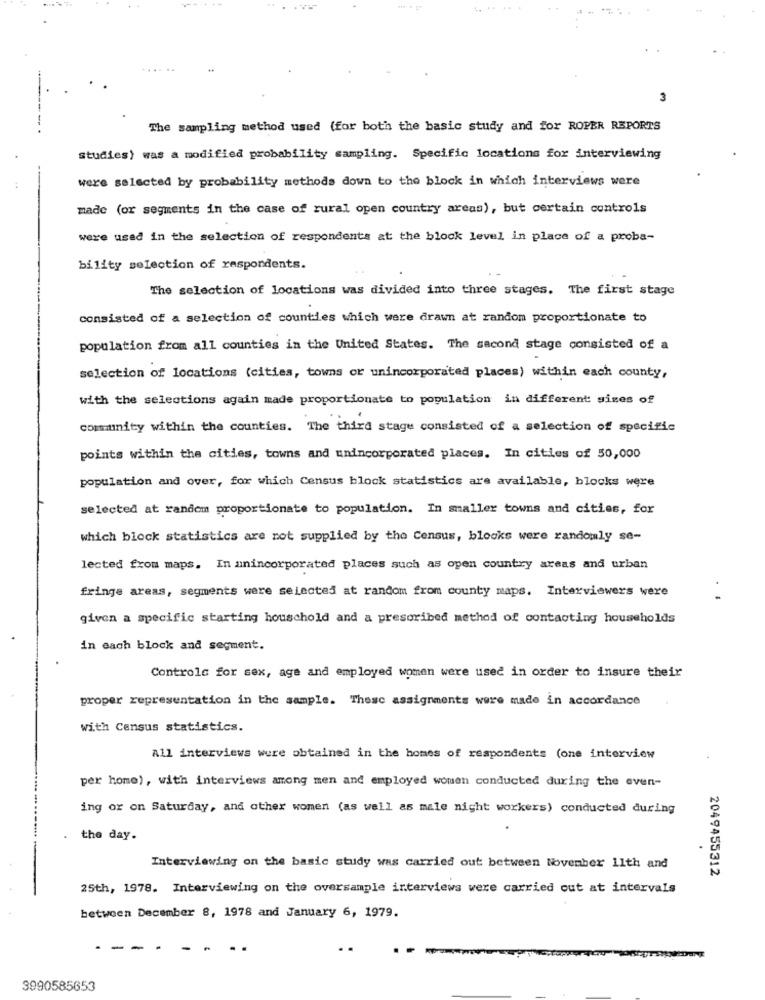
3
The sampling method used (for both the basic study and for ROPER REPORTS
studies) was a modified probability sampling. Specific locations for interviewing
were selected by probability methods down to the block in which interviews were
made (or segments in the case of rural open country areas), but certain controls
were used in the selection of respondents at the block level in place of a proba-
bility selection of respondents.
The selection of locations was divided into three stages. The first stage
consisted of a selection of counties which were drawn at random proportionate to
population from all counties in the United States. The second stage consisted of a
selection of locations (cities, towns or unincorporated places) within each county,
with the selections again made proportionate to population in different sizes of
community within the counties. The third stage consisted of a selection of specific
points within the cities, towns and unincorporated places. In cities of 50,000
population and over, for which Census block statistics are available, blocks were
selected at random proportionate to population. In smaller towns and cities, for
which block statistics are not supplied by the Census, blocks were randomly se-
lected from maps. In unincorporated places such as open country areas and urban
fringe areas, segments were selected at random from county maps. Interviewers were
given a specific starting houschold and a prescribed method of contacting households
in each block and segment.
Controls for sex, age and employed women were used in order to insure their
proper representation in the sample. These assignments were made in accordance
with Census statistics.
All interviews were obtained in the homes of respondents (one interview
per home), with interviews among men and employed women conducted during the even-
ing or on Saturday, and other women (as well as male night workers) conducted during
the day.
Interviewing on the basic study was carried out between November 11th and
2049455312
25th, 1978. Interviewing on the oversample interviews were carried out at intervals
between December 8, 1978 and January 6, 1979.
.-
3990585653